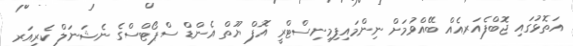
އަތޮޅުގައި ޖޮބްފެއަރއެއް ބޭއްވުމަށް ނިންމައިފިމިނިސްޓްރީ އޮފް ޔޫތް އެންޑް ސްޕޯޓްސްގެ ނެޝަނަލް ކެރިއަރ